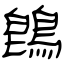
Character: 鵖